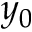
y _ { 0 }